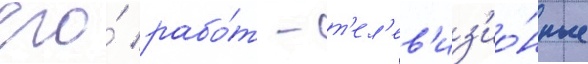
его́ рабо́т - т'ел'ев'из'ио́нные